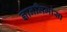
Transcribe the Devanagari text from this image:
ज्ञानमिमांसा